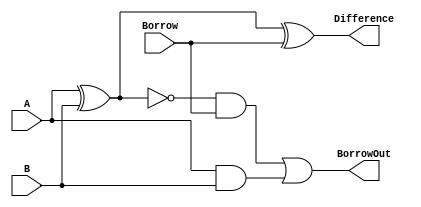
module full_subtractor (
    input A,
    input B,
    input Borrow,
    output Difference,
    output BorrowOut
);

assign Difference = A ^ B ^ Borrow;
assign BorrowOut = (~(A ^ B) & Borrow) | (A & B);

endmodule